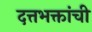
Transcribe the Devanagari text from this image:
दत्तभक्तांची